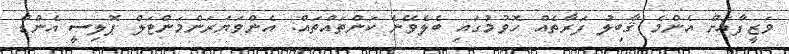
ވަޒީފާއަށް އެންމެ ޤާބިލު ފަރާތެއް ހޮވުމުގައި ބެލެވޭނެ ކަންތައްތައް: އެންވަޔަރަންމަންޓަލް ޕޮލިސީ އެންޑް